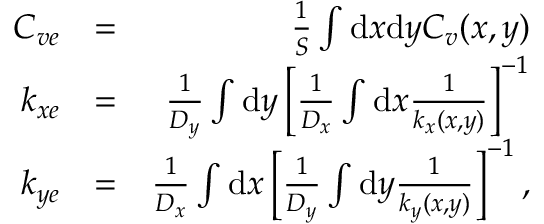
\begin{array} { r l r } { C _ { v e } } & { = } & { \frac { 1 } { S } \int \mathrm { d } x \mathrm { d } y C _ { v } ( x , y ) } \\ { k _ { x e } } & { = } & { \frac { 1 } { D _ { y } } \int \mathrm { d } y \left[ \frac { 1 } { D _ { x } } \int \mathrm { d } x \frac { 1 } { k _ { x } ( x , y ) } \right] ^ { - 1 } } \\ { k _ { y e } } & { = } & { \frac { 1 } { D _ { x } } \int \mathrm { d } x \left[ \frac { 1 } { D _ { y } } \int \mathrm { d } y \frac { 1 } { k _ { y } ( x , y ) } \right] ^ { - 1 } , } \end{array}